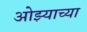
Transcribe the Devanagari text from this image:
ओझ्याच्या